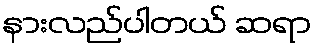
နားလည်ပါတယ် ဆရာ